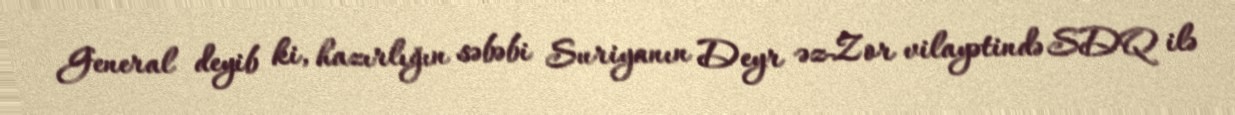
General deyib ki, hazırlığın səbəbi Suriyanın Deyr əz-Zor vilayətində SDQ ilə